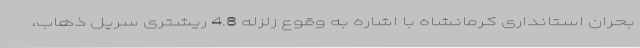
بحران استانداری کرمانشاه با اشاره به وقوع زلزله 4.8 ریشتری سرپل ذهاب،